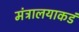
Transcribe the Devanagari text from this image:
मंत्रालयाकडं